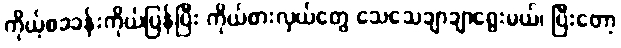
ကိုယ့်စခခန်းကိုယ်ပြန်ပြီး ကိုယ်စားလှယ်တွေ သေသေချာချာရွေးမယ်၊ ပြီးတော့